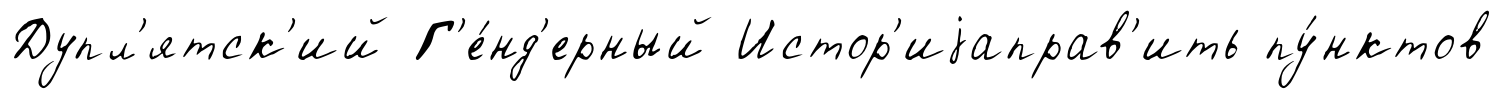
Дупл'ятск'ий Г'е́нд'ерный Истор'иjаправ'ить пу́нктов